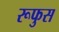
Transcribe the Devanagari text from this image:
रूफुस